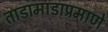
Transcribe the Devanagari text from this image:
ताडामाडाप्रमाणे